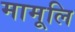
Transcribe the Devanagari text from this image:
मामूलि